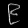
Digit: ၉